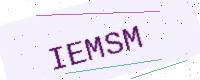
Text: IEMSM